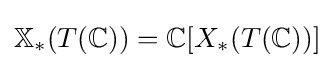
\mathbb {X} _{*}(T(\mathbb {C} ))=\mathbb {C} [X_{*}(T(\mathbb {C} ))]